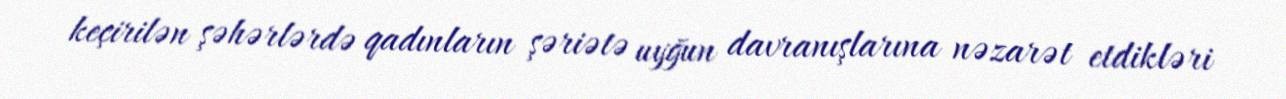
keçirilən şəhərlərdə qadınların şəriətə uyğun davranışlarına nəzarət etdikləri